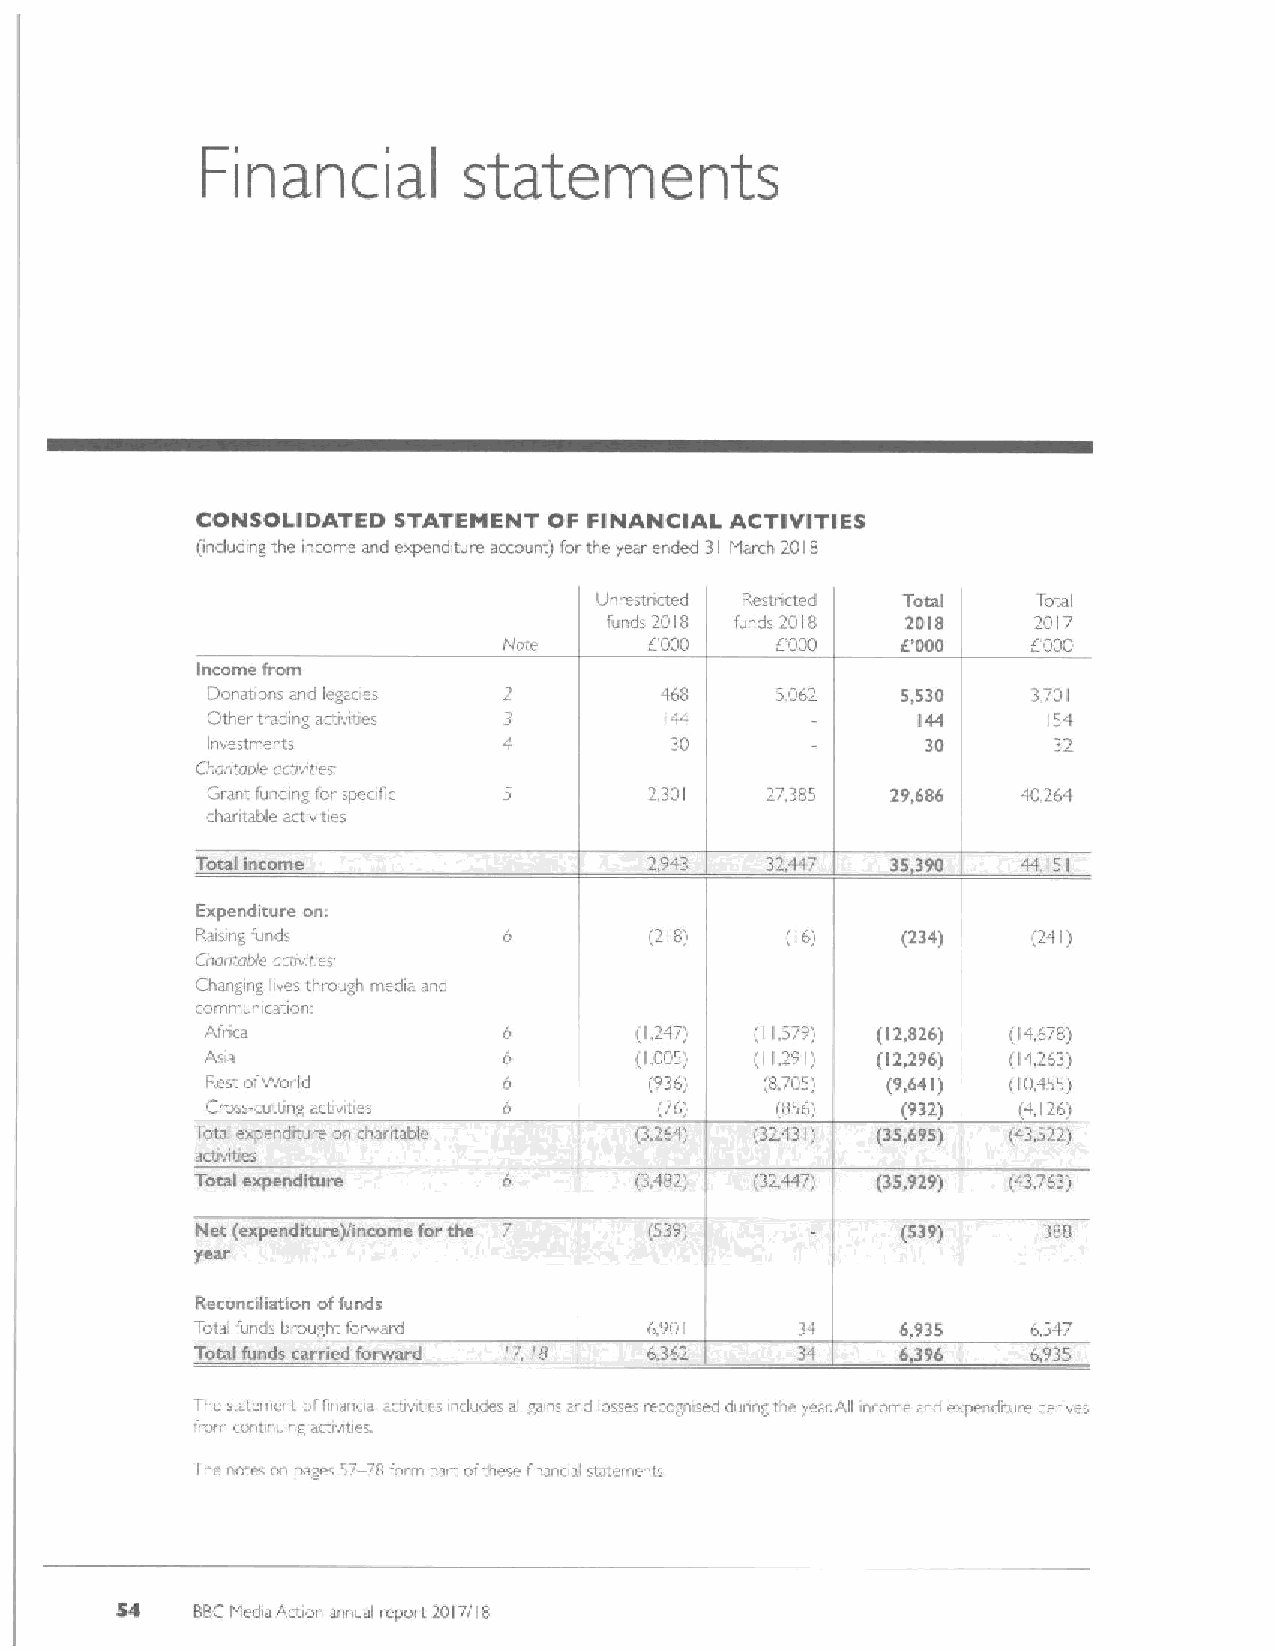
Financial         statements
 CONSOLIDATED STATEMENT OF FINANCIAL ACTIVITIES
 (induc'ing the income and expenditure account) for the year ended 31 Marrh 2018
 Un irestncted Restricted Total Total
 funds 2018 funds 2018 2018  2017
 Narc      E'000   EOOO     IE'000  6000
 Income from
 I:lonations and legacies      468    5,062    5,530   3701
 Other trading activities      Iat I            144     154
 Investments                   30               30       32
 I
 Chriirtabre activir er
 Giant funding lo' spec fic   2301    27,385  29,(86   40.26'I
 charitable activities
 Total income                  2,943   32.447  35 390   '14.151
 Expenditure on:
 Rarvng furds                  (218)    ('6)    (234)   (241)
 Charitable acrrvirms
 2(i(cid:30)'I)
 Changing lives through media and
 communication:
 Africa                      (1.247) (11.579) (12,826) (14,678)
 Asia                        (1,005) (11291) (12,296) (14.263)
 Rest ofWor Id                (936)   (8.705) (9,641) (Ib.'155)
 Cross-cuttrng acuvrtres       (76)   (856)    (932)  (4,126)
 Total expendrture on chantable (3.   (32,431) (35,695) (43,522)
 activi'ties
 Toed expenditure             (3,482) (32,447) (35,929) (43.763)
 Net (expenditure)/income forthe 7 (539)        (539)    388
 year
 Reconciliation offunds
 Total fund brought fonvard    6,901     3. 1   6,935   6.547
 Total funds carried forward Ir", lg 6.362 34   6396    6,935
 Tne statement 'finanoal. ir ivcce icludes all gens a. id losses recognsed dunng tne year.AII acorns a cexpenditure denves
 'orn corltll' il Ig actlvltl
 Tlic rotr.' on pages 57—78 fo m part oftnese rinanc al stateincrits
 S4   BBCMedia Action annual report 2017/18